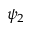
\psi _ { 2 }